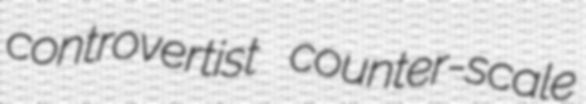
controvertist counter-scale